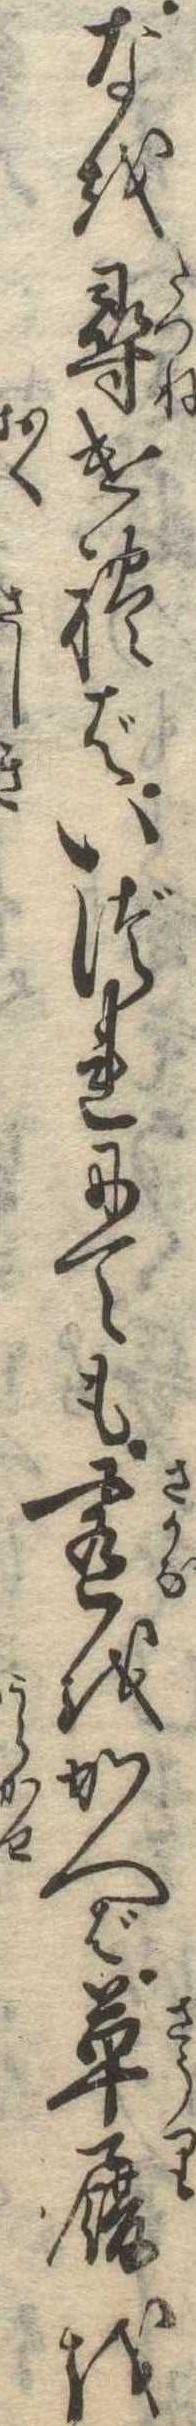
なを尋ければいづれにても肴をかへば草履を